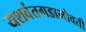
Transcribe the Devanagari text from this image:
यशवंतगडाभोवती